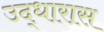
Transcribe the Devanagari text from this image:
उद्धारास